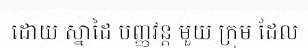
ដោយ ស្នាដៃ បញ្ញវន្ត មួយ ក្រុម ដែល